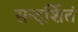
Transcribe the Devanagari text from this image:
सन्दर्शितं